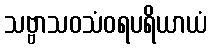
သဗ္ဗာသဝသံဝရပရိယာယံ